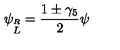
\psi _ { \stackrel { R } { L } } = { \frac { 1 \pm \gamma _ { 5 } } { 2 } } \psi